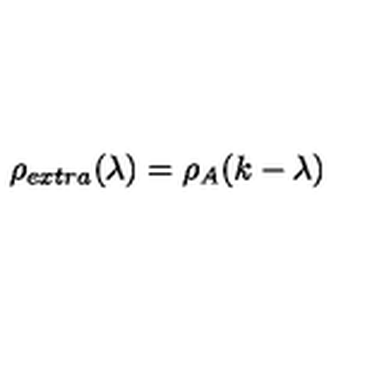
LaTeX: \rho _ { e x t r a } ( \lambda ) = \rho _ { A } ( k - \lambda )